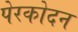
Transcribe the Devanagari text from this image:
पेरकोदन